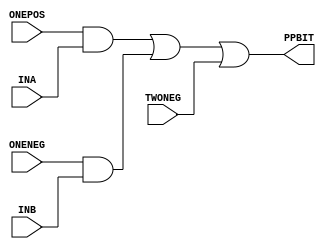
module smpp_low ( ONEPOS, ONENEG, TWONEG, INA, INB, PPBIT );
   input  ONEPOS;
   input  ONENEG;
   input  TWONEG;
   input  INA;
   input  INB;
   output PPBIT;
   assign PPBIT = (ONEPOS & INA) | (ONENEG & INB) | TWONEG;
endmodule